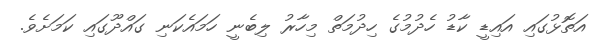
އަތޮޅުގައި އައިޑީ ކާޑު ހެދުމުގެ ހިދުމަތް މިހާރު ލިބެނީ ހަމައެކަނި ގައްދޫގައި ކަމަށެވެ.